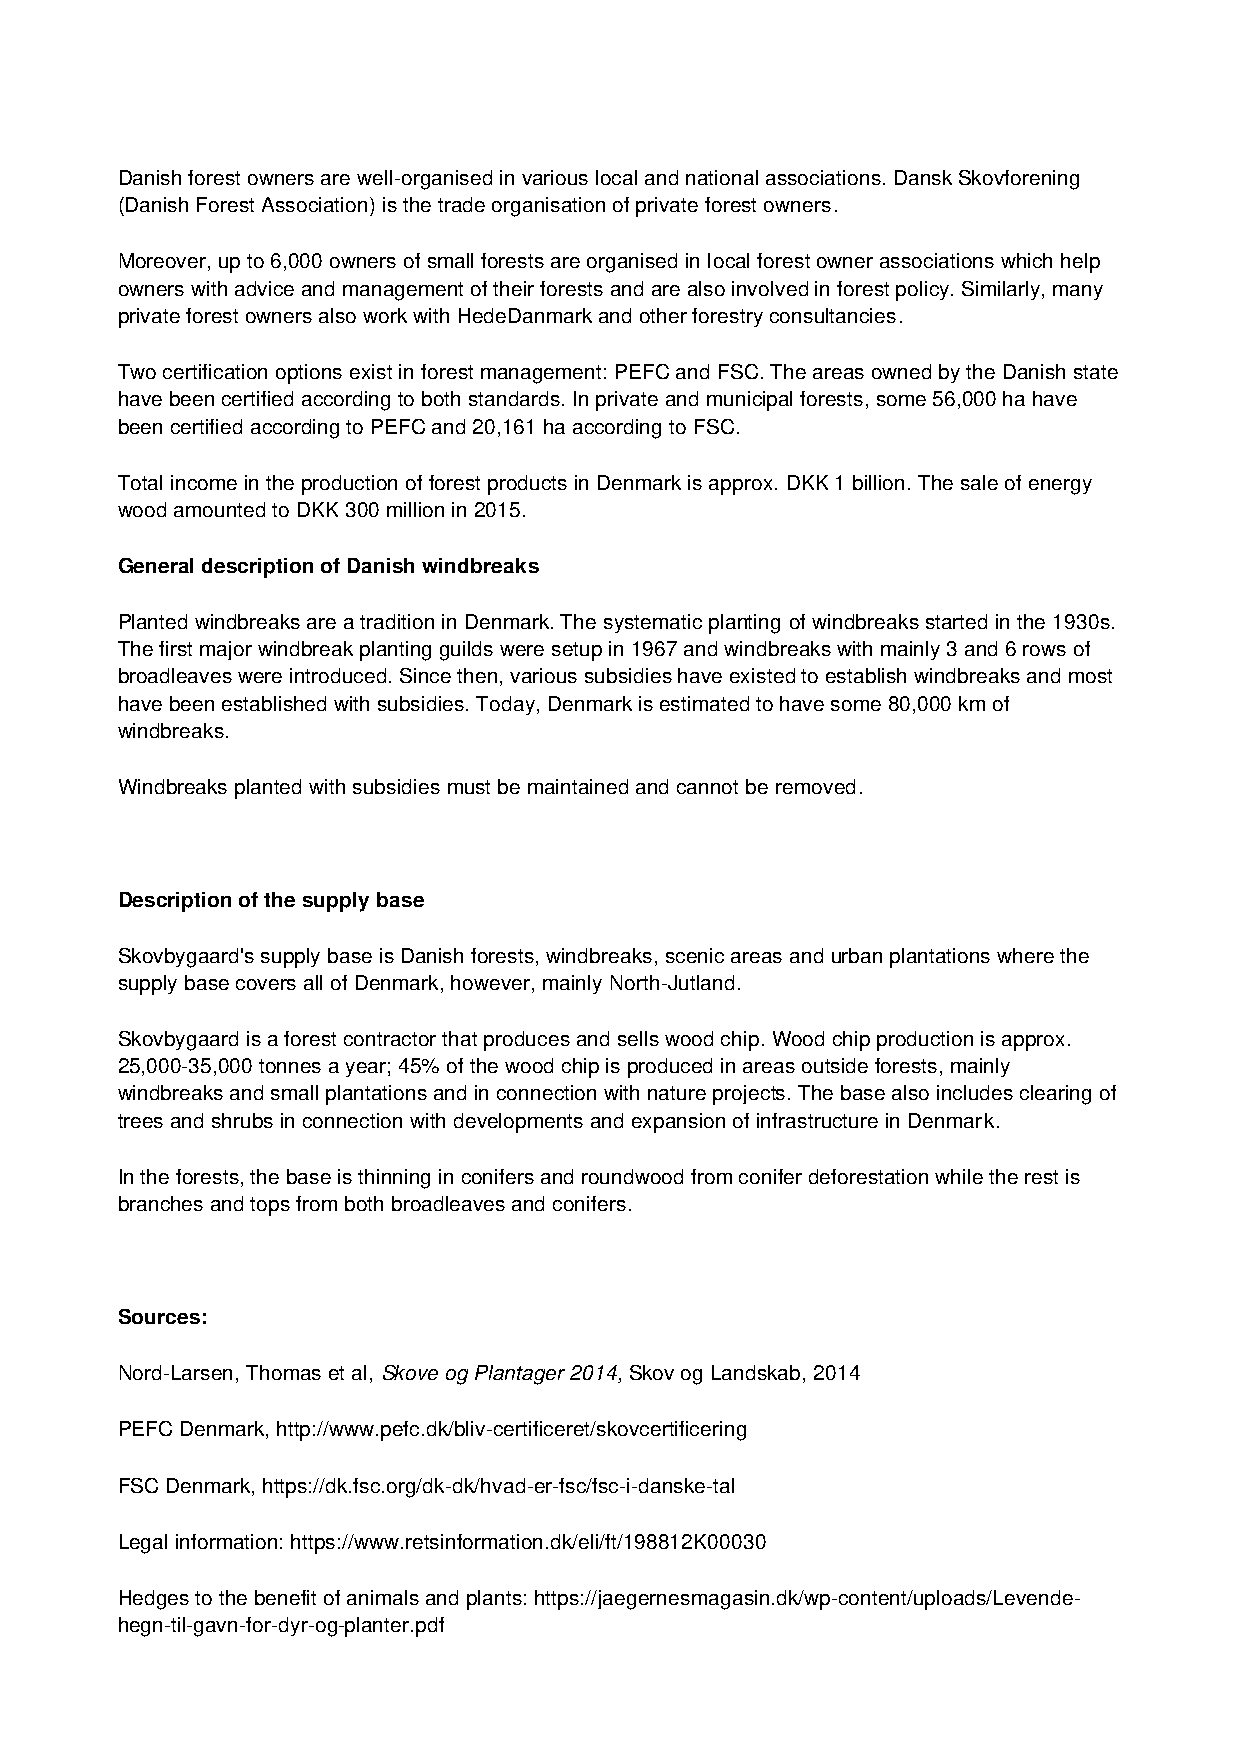
Danish forest owners are well-organised in various local and national associations. Dansk Skovforening
 (Danish Forest Association) is the trade organisation of private forest owners.
 Moreover, up to 6,000 owners of small forests are organised in local forest owner associations which help
 owners with advice and management of their forests and are also involved in forest policy. Similarly, many
 private forest owners also work with HedeDanmark and other forestry consultancies.
 Two certification options exist in forest management: PEFC and FSC. The areas owned by the Danish state
 have been certified according to both standards. In private and municipal forests, some 56,000 ha have
 been certified according to PEFC and 20,161 ha according to FSC.
 Total income in the production of forest products in Denmark is approx. DKK 1 billion. The sale of energy
 wood amounted to DKK 300 million in 2015.
 General description of Danish windbreaks
 Planted windbreaks are a tradition in Denmark. The systematic planting of windbreaks started in the 1930s.
 The first major windbreak planting guilds were setup in 1967 and windbreaks with mainly 3 and 6 rows of
 broadleaves were introduced. Since then, various subsidies have existed to establish windbreaks and most
 have been established with subsidies. Today, Denmark is estimated to have some 80,000 km of
 windbreaks.
 Windbreaks planted with subsidies must be maintained and cannot be removed.
 Description of the supply base
 Skovbygaard's supply base is Danish forests, windbreaks, scenic areas and urban plantations where the
 supply base covers all of Denmark, however, mainly North-Jutland.
 Skovbygaard is a forest contractor that produces and sells wood chip. Wood chip production is approx.
 25,000-35,000 tonnes a year; 45% of the wood chip is produced in areas outside forests, mainly
 windbreaks and small plantations and in connection with nature projects. The base also includes clearing of
 trees and shrubs in connection with developments and expansion of infrastructure in Denmark.
 In the forests, the base is thinning in conifers and roundwood from conifer deforestation while the rest is
 branches and tops from both broadleaves and conifers.
 Sources:
 Nord-Larsen, Thomas et al, Skove og Plantager 2014, Skov og Landskab, 2014
 PEFC Denmark, http://www.pefc.dk/bliv-certificeret/skovcertificering
 FSC Denmark, https://dk.fsc.org/dk-dk/hvad-er-fsc/fsc-i-danske-tal
 Legal information: https://www.retsinformation.dk/eli/ft/198812K00030
 Hedges to the benefit of animals and plants: https://jaegernesmagasin.dk/wp-content/uploads/Levende-
 hegn-til-gavn-for-dyr-og-planter.pdf